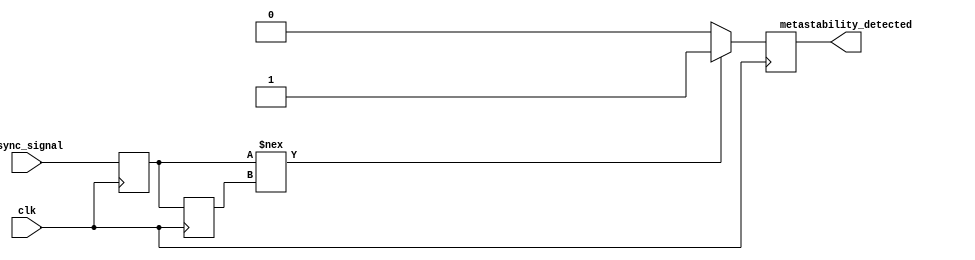
module MetastabilityDetector (
    input wire clk,                // Clock input
    input wire async_signal,       // Asynchronous input signal to monitor
    output reg metastability_detected // Output indicating if metastability is detected
);

    // Internal signals for latch outputs
    reg latch1_out;                // Output from the first latch (L1)
    reg latch2_out;                // Output from the second latch (L2)

    // First latch (L1)
    always @(posedge clk) begin
        latch1_out <= async_signal; // Capture asynchronous signal on rising edge
    end

    // Second latch (L2)
    always @(posedge clk) begin
        latch2_out <= latch1_out;    // Capture output of L1 on the next rising edge
    end

    // Metastability detection logic
    always @(posedge clk) begin
        // Compare outputs of the two latches
        if (latch1_out !== latch2_out) begin
            metastability_detected <= 1'b1; // Metastability detected
        end else begin
            metastability_detected <= 1'b0; // No metastability
        end
    end

endmodule